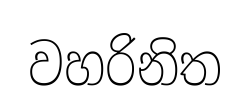
වහරිනිත